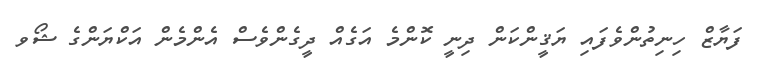
ފަޔާޒް ހިނިތުންވެފައި ޔަޤީންކަން ދިނީ ކޮންމެ އަގެއް ދީގެންވެސް އެންމެން އަކްޔަންގެ ޝޯވ